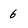
Character: 6